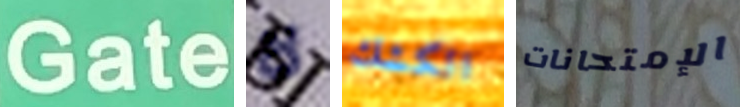
Gate لا الكشك الإمتحانات